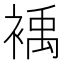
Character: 𲀹